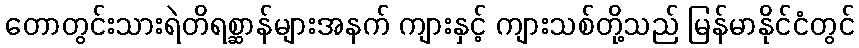
တောတွင်းသားရဲတိရစ္ဆာန်များအနက် ကျားနှင့် ကျားသစ်တို့သည် မြန်မာနိုင်ငံတွင်